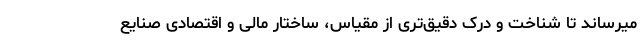
میرساند تا شناخت و درک دقیق‌تری از مقیاس، ساختار مالی و اقتصادی صنایع